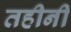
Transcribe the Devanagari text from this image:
तहीनी